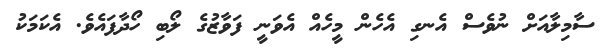
ސާމިލާއަށް ނުވެސް އެނގި އެހެން މީހެއް އެވަނީ ފަވާޒުގެ ލޯބި ހޯދާފައެވެ. އެކަމަކު